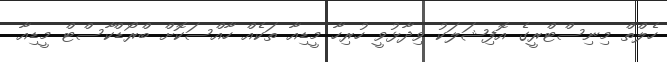
ހެލްތް މިނިސްޓްރީގެ އޮފިޝަލަކު ވިދާޅުވީ ހުރިހާ މީޑިއާ ތަކެއް ހާއްސަކޮށް ބްރޯޑްކާސްޓް މީޑިއާ